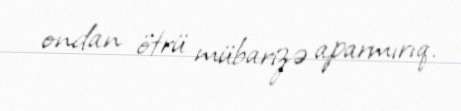
ondan ötrü mübarizə aparmırıq.